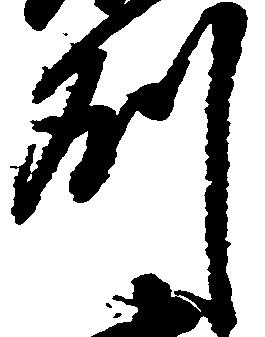
州